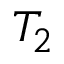
T _ { 2 }